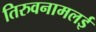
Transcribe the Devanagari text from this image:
तिरुवनामलई